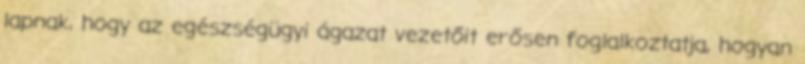
lapnak, hogy az egészségügyi ágazat vezetőit erősen foglalkoztatja, hogyan